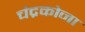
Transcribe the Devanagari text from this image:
चंद्रकोना